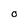
Character: O